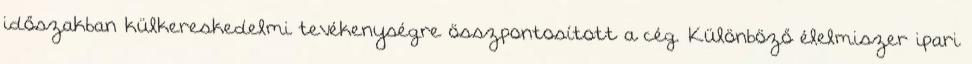
időszakban külkereskedelmi tevékenységre összpontosított a cég. Különböző élelmiszer ipari